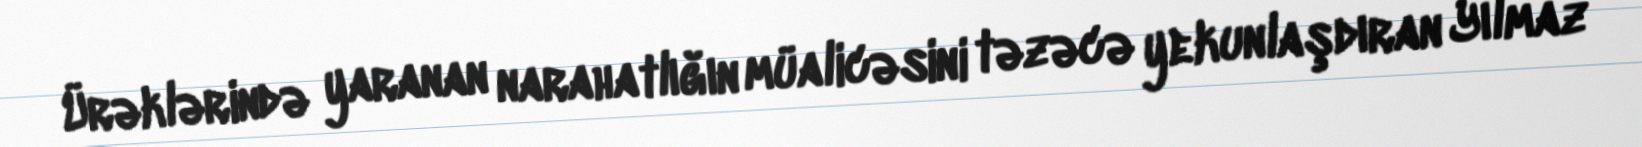
Ürəklərində yaranan narahatlığın müalicəsini təzəcə yekunlaşdıran Yılmaz